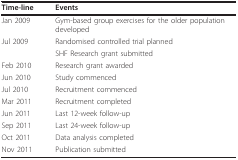
<table><thead><tr><td><b>Time-line</b></td><td><b>Events</b></td></tr></thead><tbody><tr><td>Jan 2009</td><td>Gym-based group exercises for the older population developed</td></tr><tr><td>Jul 2009</td><td>Randomised controlled trial planned</td></tr><tr><td>[EMPTY_CELL]</td><td>SHF Research grant submitted</td></tr><tr><td>Feb 2010</td><td>Research grant awarded</td></tr><tr><td>Jun 2010</td><td>Study commenced</td></tr><tr><td>Jul 2010</td><td>Recruitment commenced</td></tr><tr><td>Mar 2011</td><td>Recruitment completed</td></tr><tr><td>Jun 2011</td><td>Last 12-week follow-up</td></tr><tr><td>Sep 2011</td><td>Last 24-week follow-up</td></tr><tr><td>Oct 2011</td><td>Data analysis completed</td></tr><tr><td>Nov 2011</td><td>Publication submitted</td></tr></tbody></table>